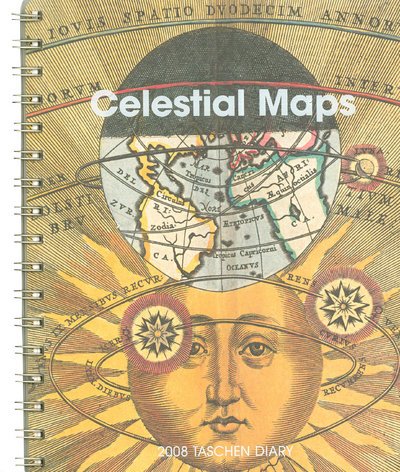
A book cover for Celestial Maps (Taschen Diary); Calendars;